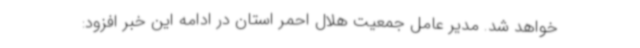
خواهد شد. مدیر عامل جمعیت هلال احمر استان در ادامه این خبر افزود: